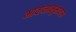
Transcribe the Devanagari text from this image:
भावानानूभावास